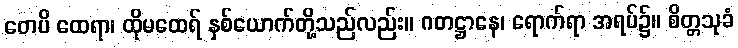
တေပိ ထေရာ၊ ထိုမထေရ် နှစ်ယောက်တို့သည်လည်း။ ဂတဋ္ဌာနေ၊ ရောက်ရာ အရပ်၌။ စိတ္တသုခံ